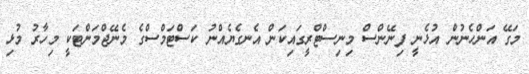
މަގޭ އަންހެނުން އުޅެނީ ފިނޭންސް މިނިސްޓްރީގައިކަން އެނގެޔެއްނު ކަސްޓަމްސްގެ މެނޭޖްމަންޓަކީ މިހާރު މުޅި